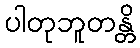
ပါတုဘူတန္တိ